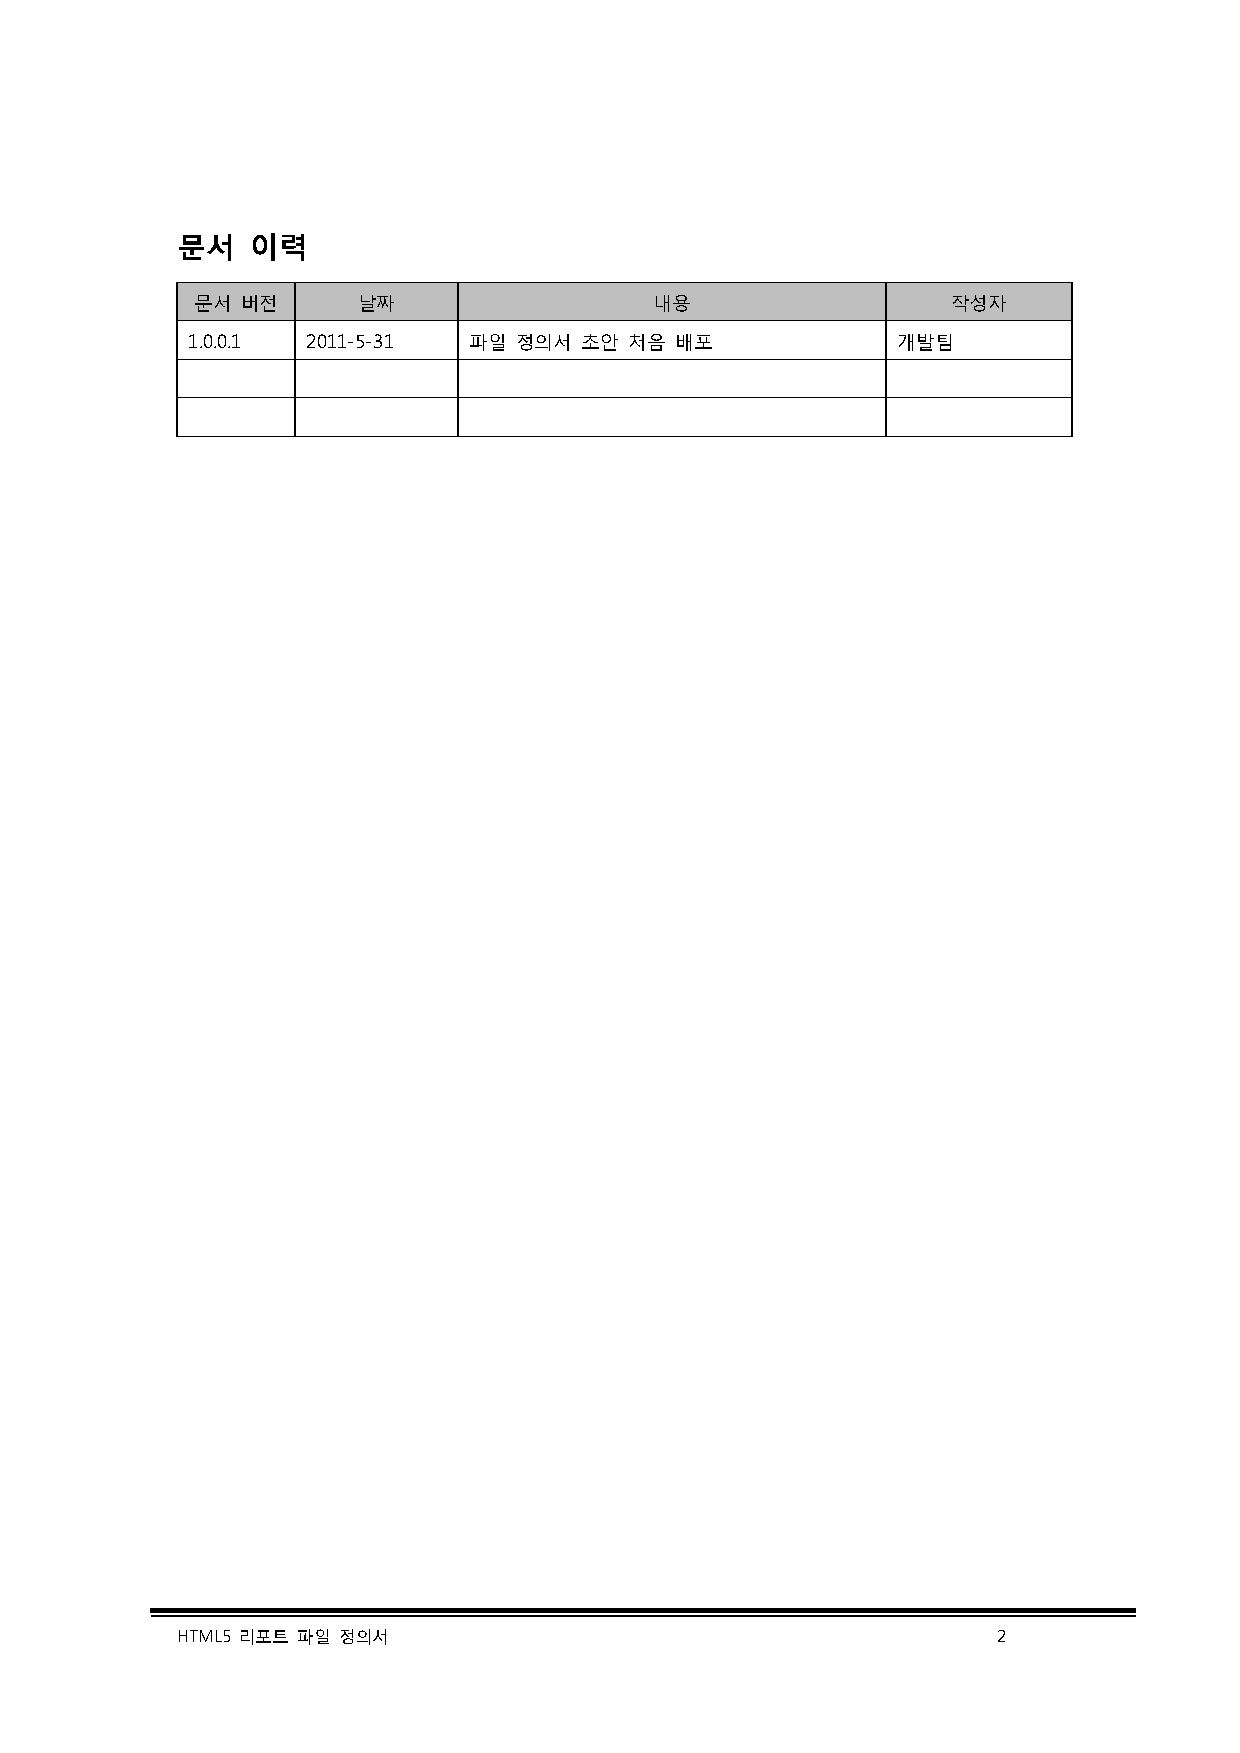
문서   이력
 문서 버전      날짜                 내용                  작성자
 1.0.0.1 2011-5-31  파일 정의서 초안  처음 배포            개발팀
 HTML5 리포트 파일 정의서                                      2